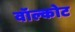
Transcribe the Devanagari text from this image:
वॉल्कोट